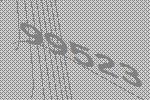
99523